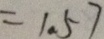
= 1 . 5 7